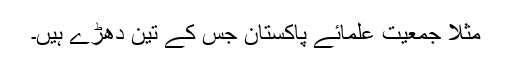
مثلاً جمعیت علمائے پاکستان جس کے تین دھڑے ہیں۔